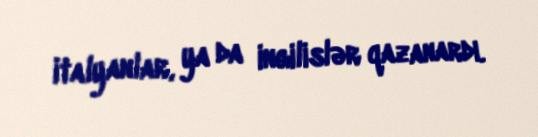
italyanlar, ya da ingilislər qazanardı.